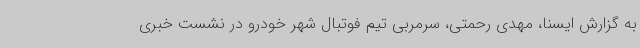
به گزارش ایسنا، مهدی رحمتی، سرمربی تیم فوتبال شهر خودرو در نشست خبری